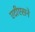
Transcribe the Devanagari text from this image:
एटीएसने